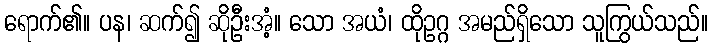
ရောက်၏။ ပန၊ ဆက်၍ ဆိုဦးအံ့။ သော အယံ၊ ထိုဥဂ္ဂ အမည်ရှိသော သူကြွယ်သည်။